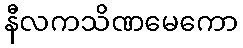
နီလကသိဏမေကော